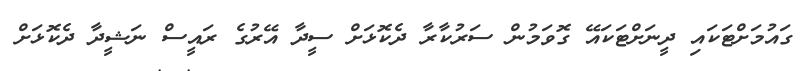
ގައުމަށްޓަކައި ދީނަށްޓަކައޭ ގޮވަމުން ސަރުކާރާ ދެކޮޅަށް ސީދާ އޭރުގެ ރައީސް ނަޝީދާ ދެކޮޅަށް